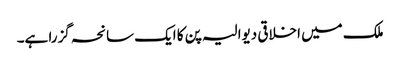
ملک میں اخلاقی دیوالیہ پن کا ایک سانحہ گزرا ہے۔